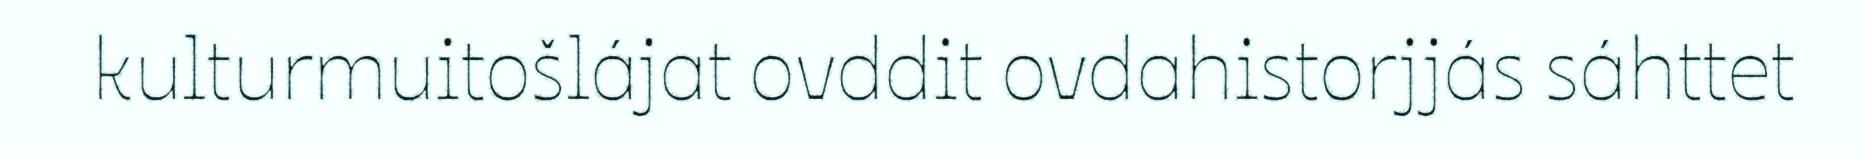
kulturmuitošlájat ovddit ovdahistorjjás sáhttet